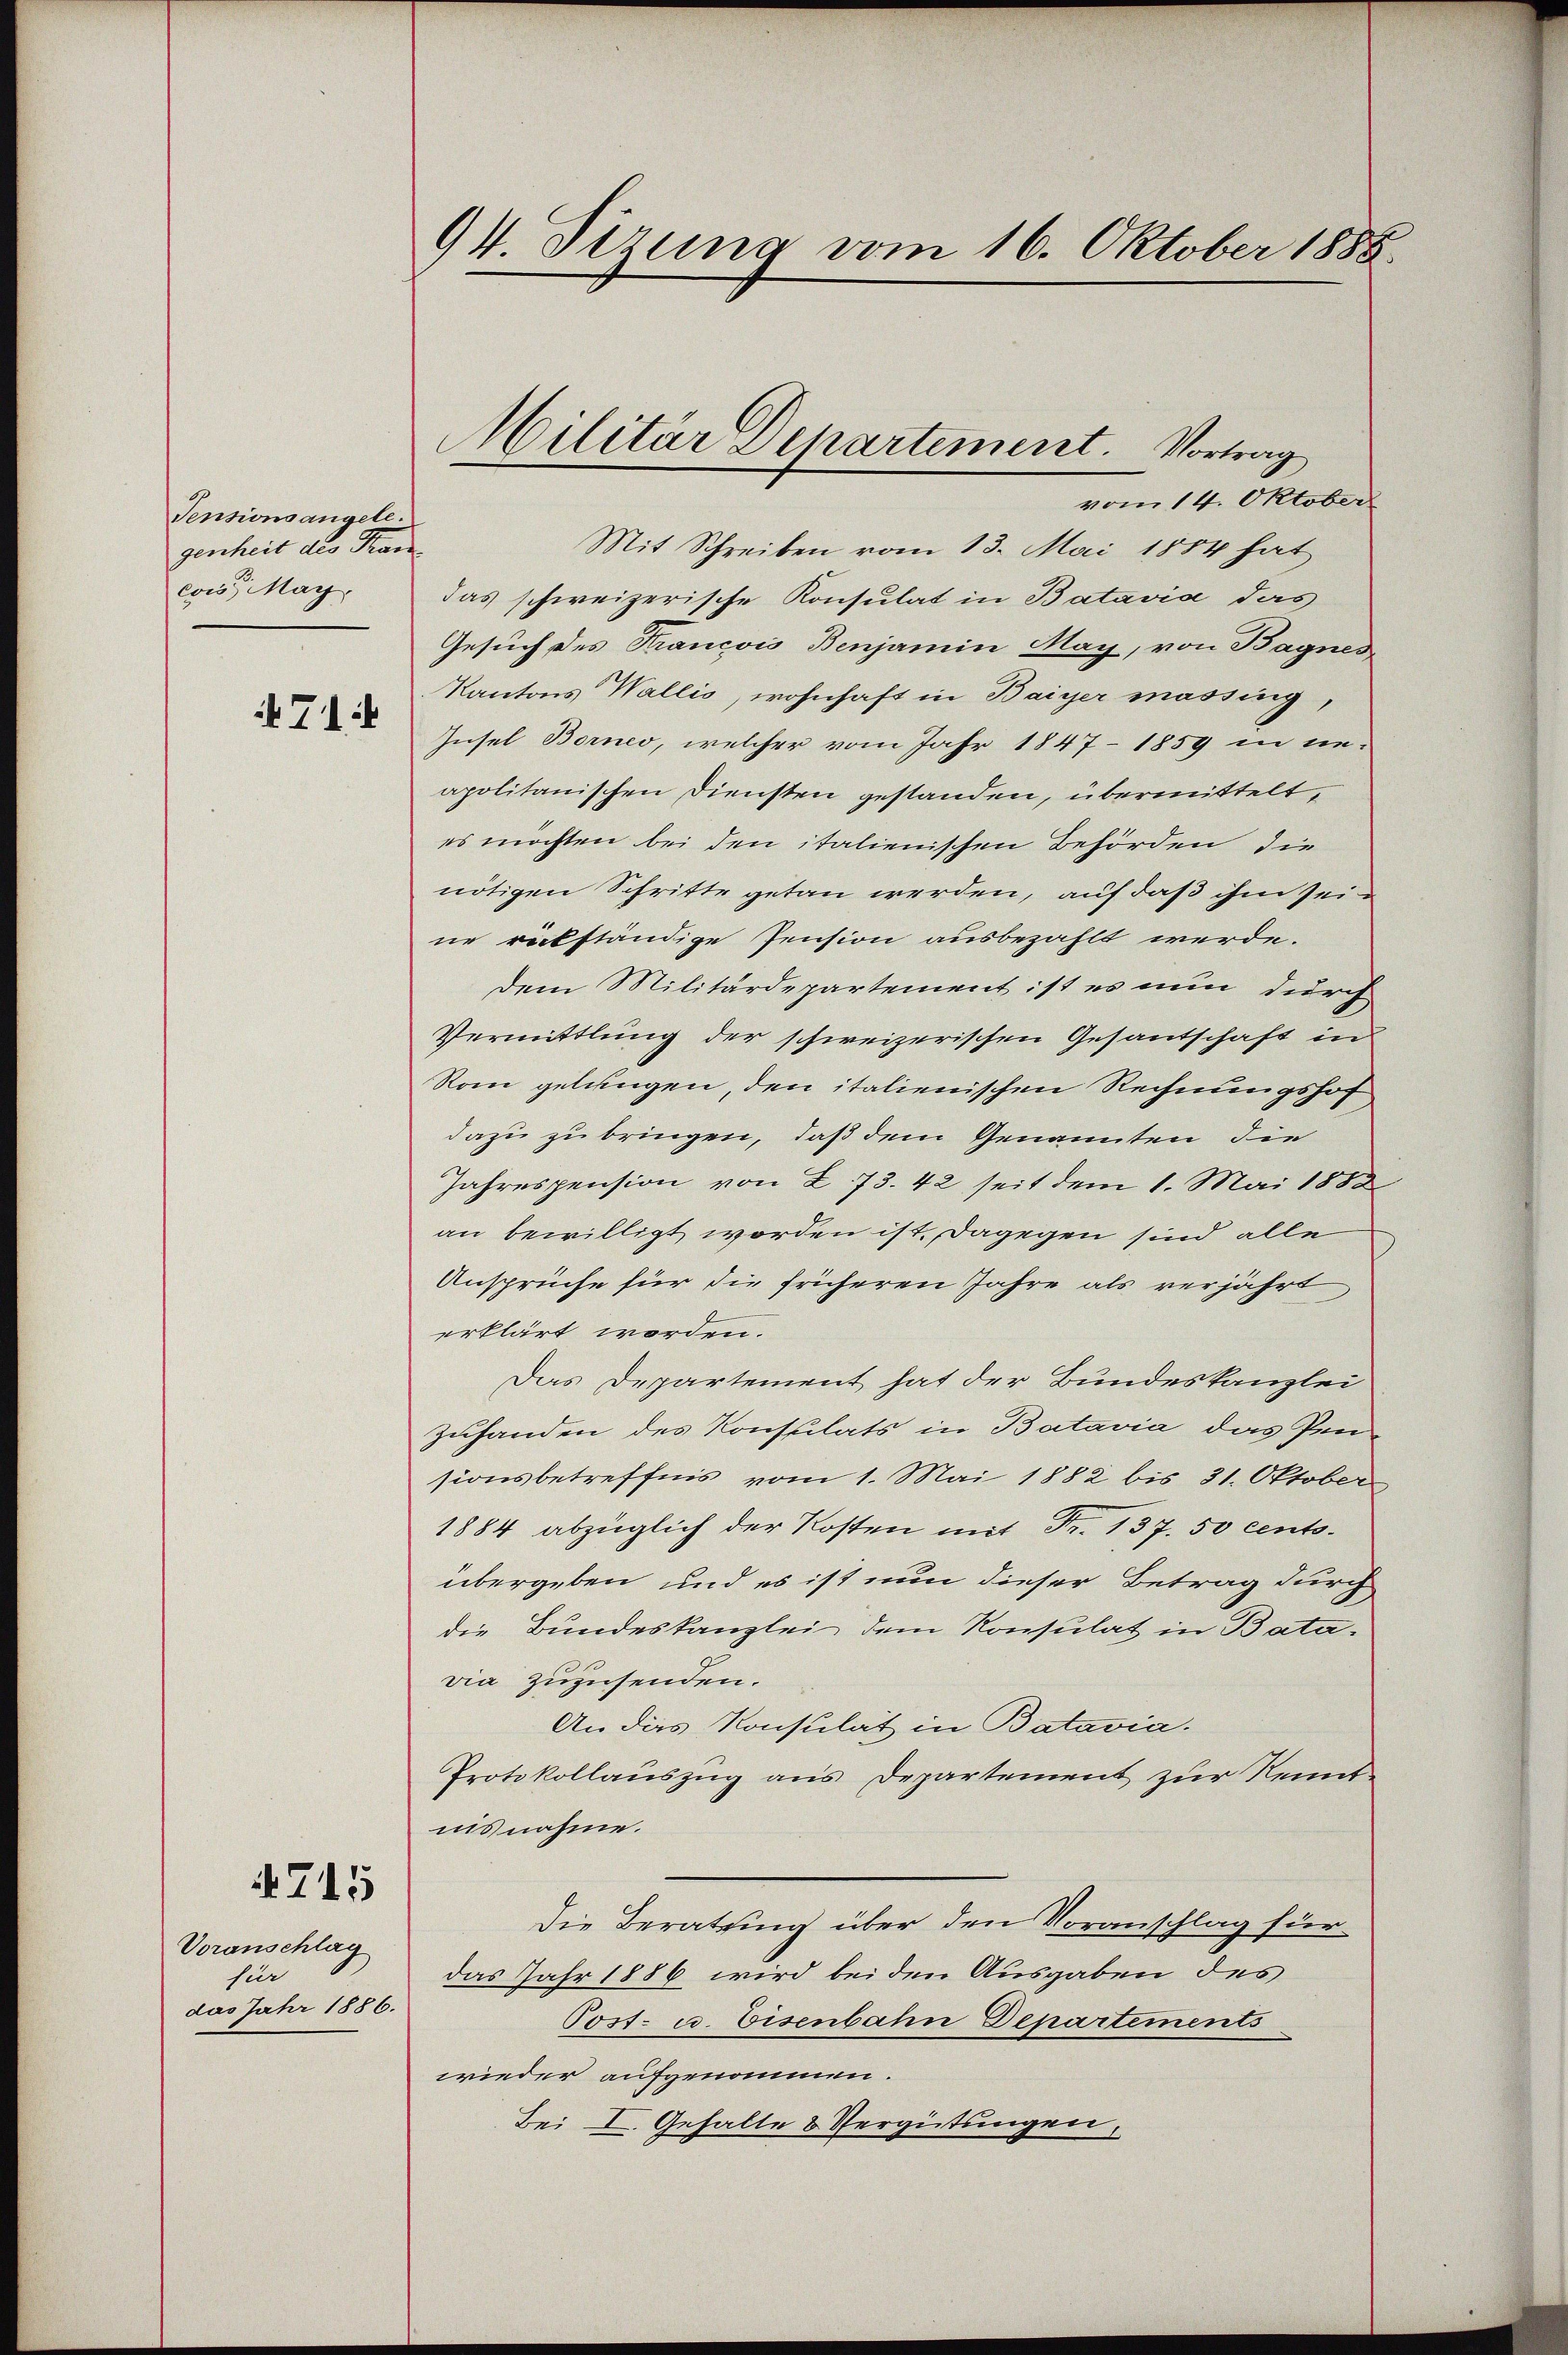
Pensionsangele.
genheit des Fran
con May,

714

715

Voranschlag
für
das Jahr 1886.

94. Sizung vom 16. Oktober 1888.

vom 14. Oktober
Mit Schreiben vom 13. Mai 1884 hat
das schweizerische Konsulat in Batavia das
Gesuch des Francois Benjamin May, von Bagnes
Kantons Wallis, wohnhaft in Baiger massing,
Insel Bornes, welcher vom Jahr 1847 - 1859 in nie-
apolitanischen Diensten gestanden, übermittelt,
es möchten bei den italienischen Behörden, die
nötigen Schritte getan werden, auf daß ihm sei.
ne rückständige Pension ausbezahlt werde.
dem Militärdepartement ist es nun durch
Vermittlung der schweizerischen Gesantschaft in
Rom gelungen, den italienischen Rechnungshof
dazu zu bringen, daß dem Genannten die
Jahrespension von § 73. 42 seit dem 1. Mai 1888
an bewilligt worden ist, dagegen sind alle
Ansprüche für die früheren Jahre als verjährt
erklärt worden.
Das Departement hat der Bundeskanzlei
Zuhanden des Konsulats in Batavia das Pen-
sionsbetreffnis vom 1. Mai 1882 bis 31. Oktober
1884 abzüglich der Kosten mit Fr. 137. 50 cento.
übergeben und es ist nun dieser Betrag durch
die Bundeskanzlei dem Konsulat in Bata-
dia zuzusenden.
An das Konsulat in Batavia.
Protokollauszug aus Departement zur Kenntiisnahme.
Die Beratung über den Voranschlag für
das Jahr 1886 wird beiden Ausgaben des
Post- u. Eisenbahn Departements
wieder aufgenommen.
Bei I. Gehalte & Vergütungen,

Militär Departement. Vortrag